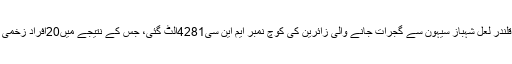
08 مئی2018ء) مورو کے قریب قومی شاہراہ چار میل پر قلندر لعل شہباز سیہون سے گجرات جانے والی زائرین کی کوچ نمبر ایم این سی4281الٹ گئی، جس کے نتیجے میں20افراد زخمی ہوگئے ، زخمیوں میں 7کی حالت تشویشناک بتائی جاتی ہے۔